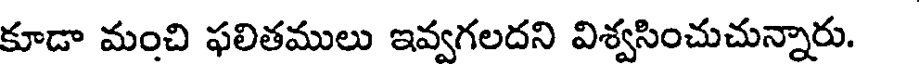
కూడా మంచి ఫలితములు ఇవ్వగలదని విశ్వసించుచున్నారు.